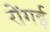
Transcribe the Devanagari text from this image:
रोंगई